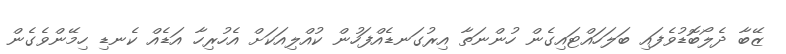
ޒޭބާ ދެލޯބޮޑުވެފައި ބަލަހައްޓައިގެން ހުންނަތާ އިރުގަނޑެއްފަހުން ކުއްލިއަކަށް އެހުރިހާ އަޑެއް ކެނޑި ހިމޭންވެގެން